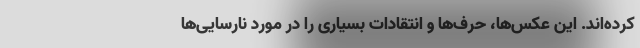
کرده‌اند. این عکس‌ها، حرف‌ها و انتقادات بسیاری را در مورد نارسایی‌ها